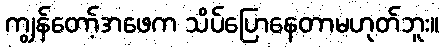
ကျွန်တော့်အဖေက သိပ်ပြောနေတာမဟုတ်ဘူး။